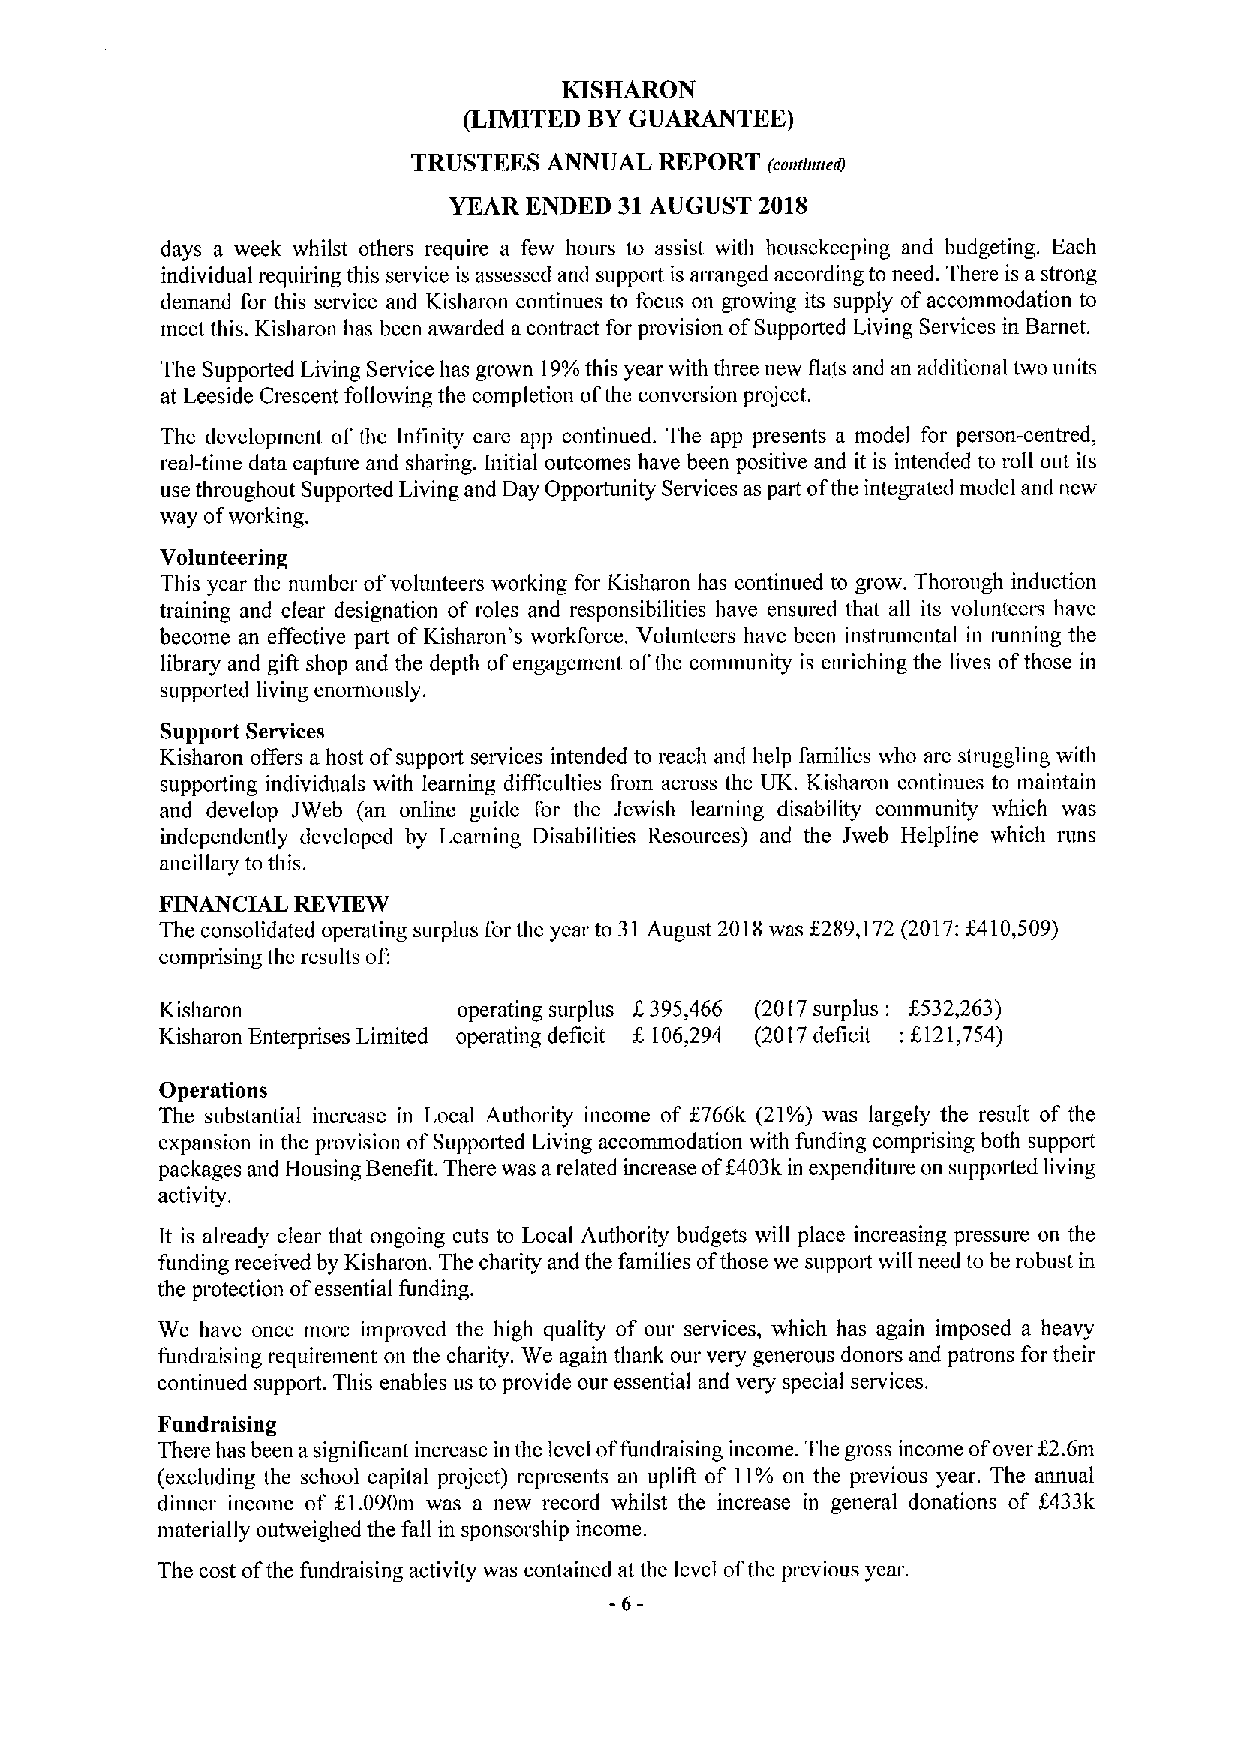
KISHARON
 (LIMITED BYGUARANTEE)
 TRUSTEES ANNUAL  REPORT (coarraaeirI
 YEAR ENDED 31AUGUST 2018
 days a week whilst others require a few hours to assist with housekeeping and budgeting. Each
 individual requiring this service is assessed and support is arranged according to need. There is a strong
 demand for this service and Kisharon continues to focus on growing its supply ofaccommodation to
 meet this. Kisharon has been awarded acontract for provision ofSupported Living Services in Barnet.
 The Supported Living Service has grown 19%this year with three new flats and an additional two units
 at Leeside Crescent following the completion ofthe conversion project.
 The development of the Infinity care app continued. The app presents a model for person-centred,
 real-time data capture and sharing. Initial outcomes have been positive and it is intended to roll out its
 use throughout Suppoited Living and Day Opportunity Services as part ofthe integrated model and new
 way
 ofworking.
 Volunteering
 This year the number ofvolunteers working for Kisharon has continued to grow. Thorough induction
 training and clear designation of roles and responsibilities have ensured that all its volunteer have
 become an effective patt ofKisharon's workforce, Volunteers have been instrumental in running the
 library and gifl shop and the depth ofengagement ofthe community is enriching the lives ofthose in
 supported living enormously.
 Support Services
 Kisharon offers a host ofsuppofl services intended to reach and help families who are struggling with
 supporting individuals with learning difficulties from across the UK. Kisharon continues to maintain
 and develop JWeb (an online guide for the Jewish learning disability community which was
 independently developed by Learning Disabilities Resources) and the Jweb Helpline which runs
 ancillary to this.
 FINANCIAL REVIEW
 The consolidated operating surplus for the year to 31 August 2018was f289,172(2017:&l10,509)
 comprising the results of:
 Kisharon           operating surplus f.395,466 (2017surplus: f532,263)
 Kisharon Enterprises Limited operating deficit f. 106,294 (2017deficit: 6121,754)
 Operations
 The substantial increase in Local Authority income of f766k (21%) was largely the result of the
 expansion in the provision ofSuppotted Living accommodation with funding comprising both support
 f
 packages and Housing Benefit. There was arelated increase of 403k in expenditure on supported living
 activity.
 It is already clear that ongoing cuts to Local Authority budgets will place increasing pressure on the
 funding received by Kisharon. The charity and the families ofthose we suppoff will need to be robust in
 the protection ofessential funding.
 We have once more improved the high quality of our services, which has again imposed a heavy
 fundraising requirement on the charity. We again thank our very generous donorx and patrons for their
 continued support. This enables us to provide our essential and very special services.
 Fundraising
 There has been asignificant increase in the level offundraising income. The gross income ofover f2.6m
 (excluding the school capital project) represents an uplifl of 11%on the previous year. The annual
 dinner income of 81.090m was a new record whilst the increase in general donations of f433k
 materially outweighed the fall in sponsorship income.
 The cost ofthe fundraising activity was contained at the level ofthe previous year.
 -6-